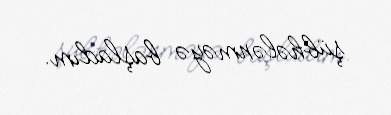
şübhələnməyə başladım.